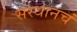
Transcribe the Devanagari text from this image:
संस्थानचं